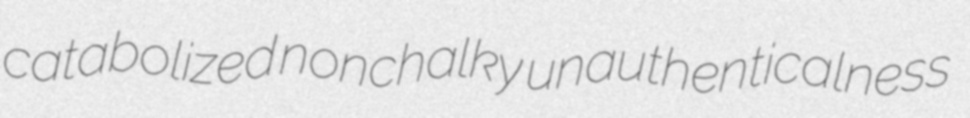
catabolized nonchalky unauthenticalness